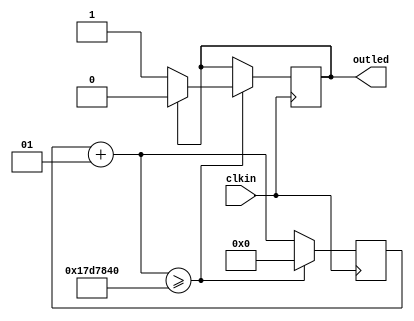
//by lab tekdig&mikcro

module clockounter(clkin, outled);

input clkin;
output outled;

reg logic_condition = 0;
wire led_condition;

integer counter = 0;

always@(posedge clkin)
begin
	counter = counter + 1;
	if(counter >= 25000000)
		if(logic_condition == 0) begin
			logic_condition <= 1;
			counter <= 0;
		end
		
		else if(logic_condition == 1) begin
			logic_condition <= 0;
			counter <= 0;
		end
	end
	
assign led_condition = logic_condition;
assign outled = led_condition;
endmodule